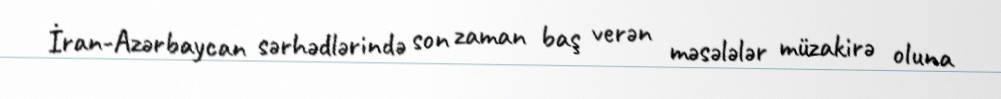
İran-Azərbaycan sərhədlərində son zaman baş verən məsələlər müzakirə oluna